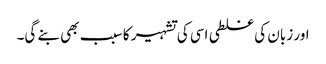
اور زبان کی غلطی اسی کی تشہیر کا سبب بھی بنے گی۔